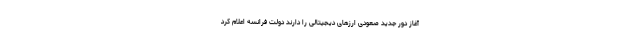
آغاز دور جدید صعودی ارزهای دیجیتالی را دارند دولت فرانسه اعلام کرد